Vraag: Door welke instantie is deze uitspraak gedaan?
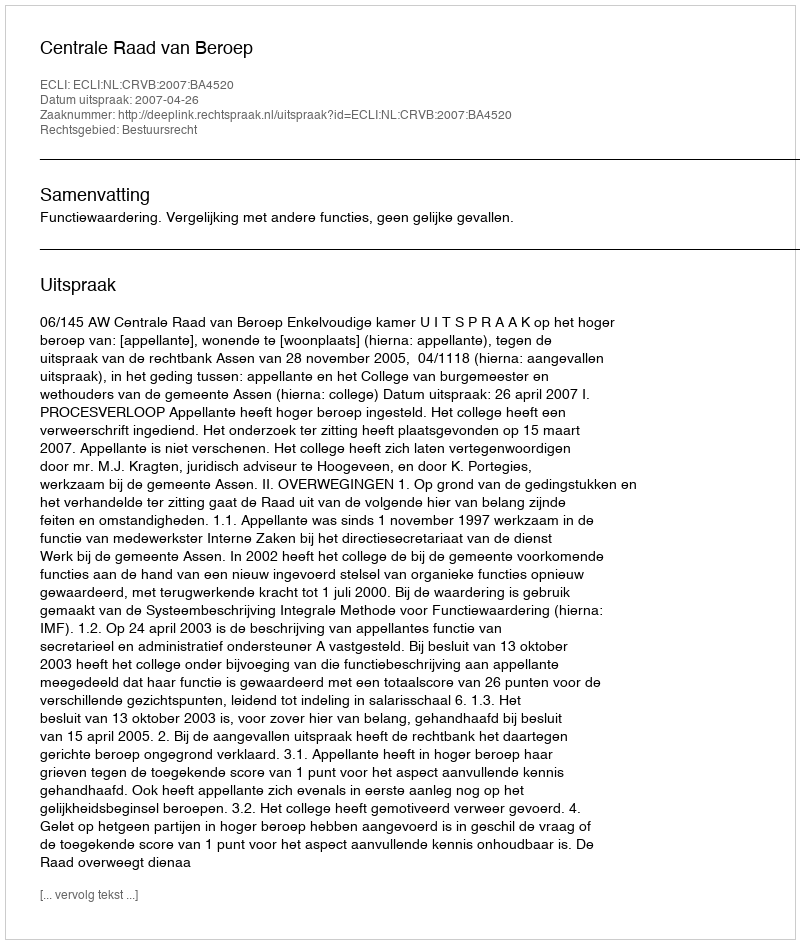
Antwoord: Centrale Raad van Beroep